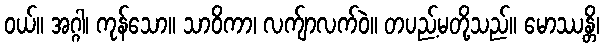
ဝယ်။ အဂ္ဂါ၊ ကုန်သော။ သာဝိကာ၊ လက်ျာလက်ဝဲ။ တပည့်မတို့သည်။ မောဿန္တိ၊